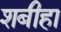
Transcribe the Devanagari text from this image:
शबीहा